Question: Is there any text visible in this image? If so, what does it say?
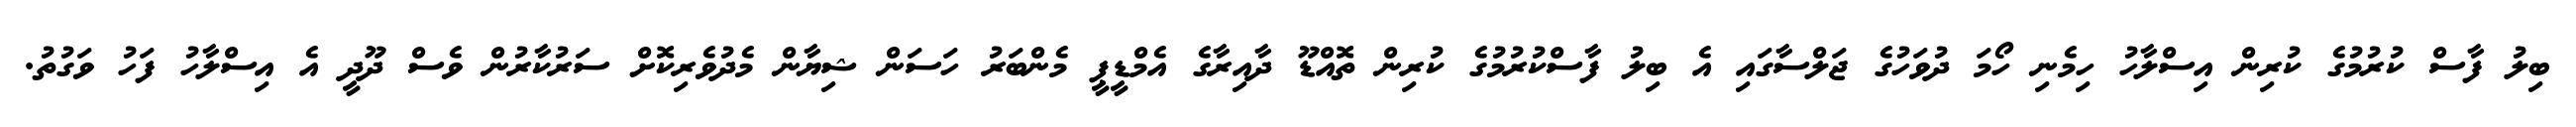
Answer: ބިލު ފާސް ކުރުމުގެ ކުރިން އިސްލާހު ހިމެނި ހޯމަ ދުވަހުގެ ޖަލްސާގައި އެ ބިލު ފާސްކުރުމުގެ ކުރިން ތޮއްޑޫ ދާއިރާގެ އެމްޑީޕީ މެންބަރު ހަސަން ޝިޔާން މެދުވެރިކޮށް ސަރުކާރުން ވެސް ދޫދީ އެ އިސްލާހު ފަހު ވަގުތު.